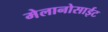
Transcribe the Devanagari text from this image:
मेलानोसाईट